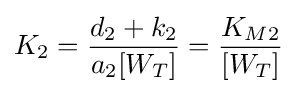
K_{2}={\frac {d_{2}+k_{2}}{a_{2}[W_{T}]}}={\frac {K_{M2}}{[W_{T}]}}